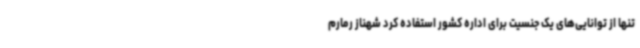
تنها از توانایی‌های یک جنسیت برای اداره کشور استفاده کرد شهناز رمارم